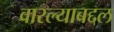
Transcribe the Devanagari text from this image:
वारल्याबद्दल